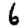
Digit: 6